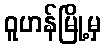
ဝူဟန်မြို့မှ